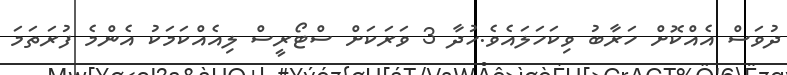
ދުވަސް އެއްކޮށް ހަރާބު ވިކަހަލައެވެ.ހުދާ 3 ވަރަކަށް ސްޓޯރީސް ލިއެއްކަމަކު އެންމެ ފުރަތަމަ